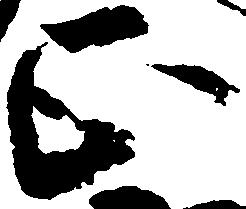
正